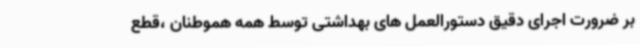
بر ضرورت اجرای دقیق دستورالعمل های بهداشتی توسط همه هموطنان ،قطع